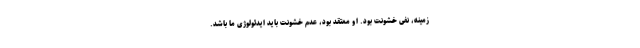
زمینه، نفی خشونت بود. او معتقد بود، عدم خشونت باید ایدئولوژی ما باشد.